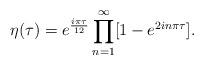
LaTeX: \begin{align*}\displaystyle\eta(\tau)= e^{\frac{i\pi\tau}{12}} \prod_{n=1}^{\infty} [ 1 -e^{2in\pi\tau} ] .\end{align*}